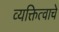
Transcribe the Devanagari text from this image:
व्यक्तित्वाचे